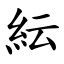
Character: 紜